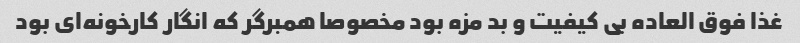
غذا فوق العاده بی کیفیت و بد مزه بود مخصوصا همبرگر که انگار کارخونه‌ای بود